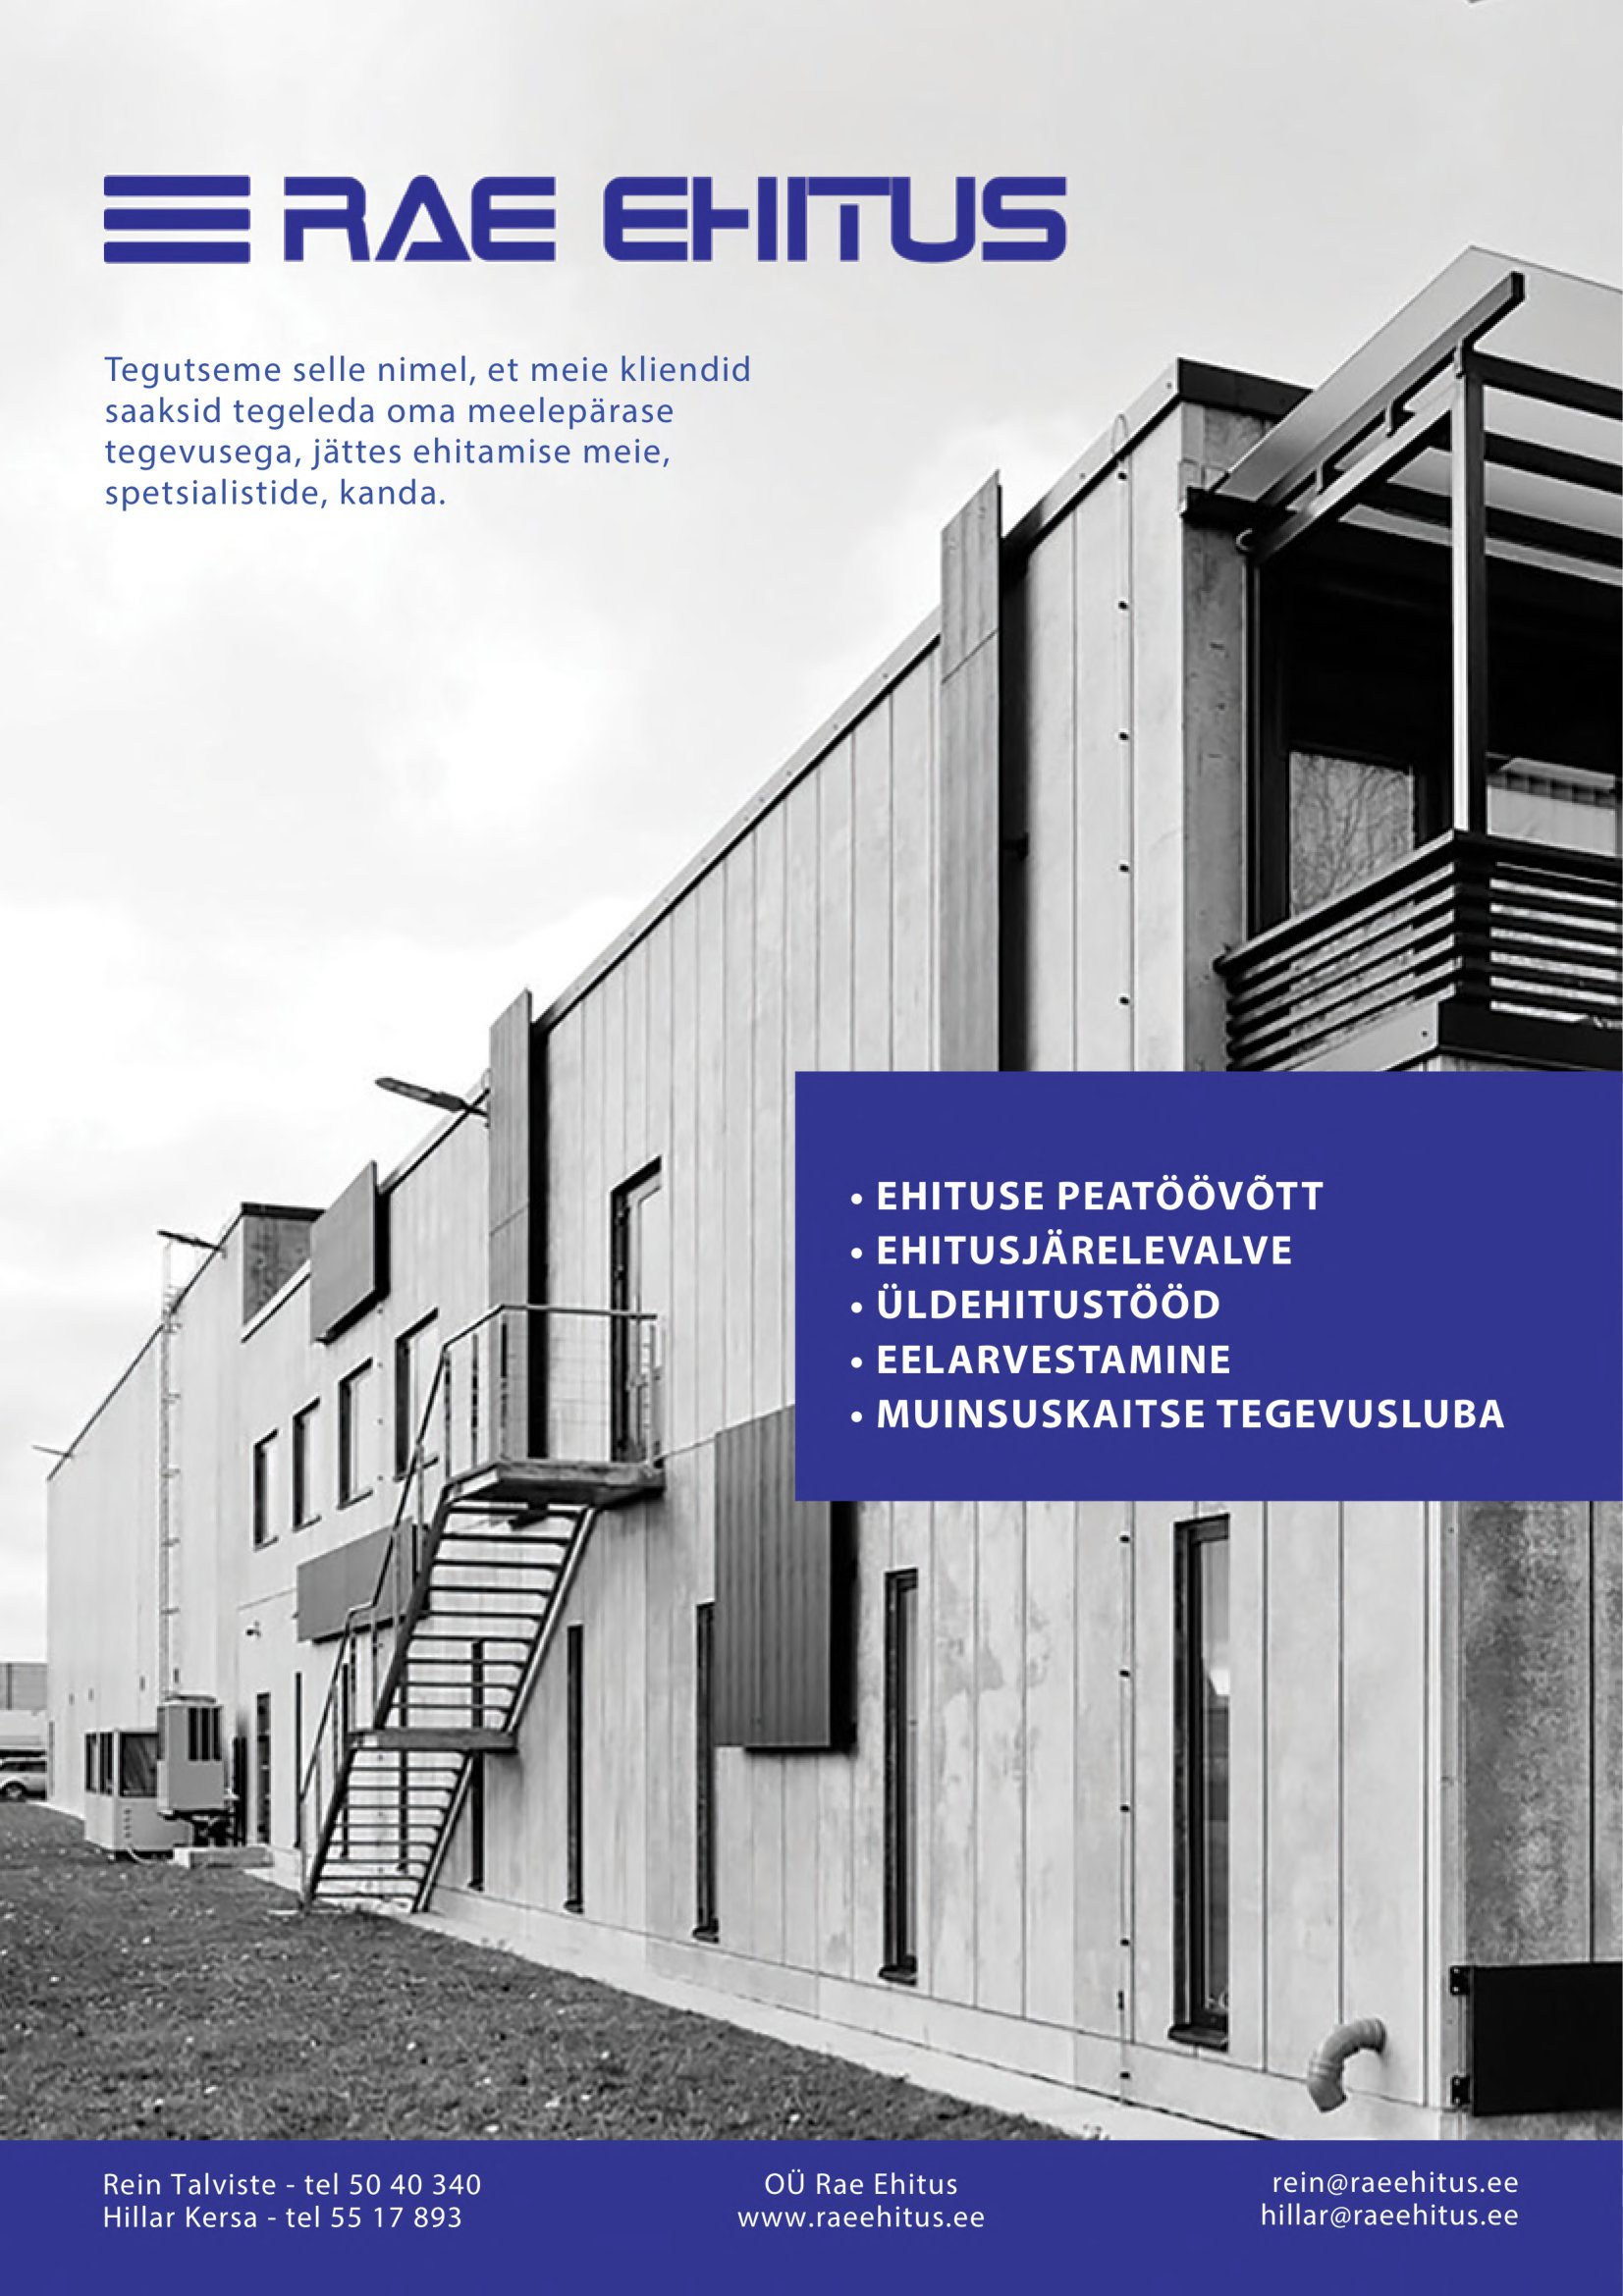
Language: et